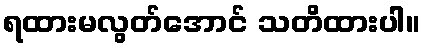
ရထားမလွတ်အောင် သတိထားပါ။